Report on vaccination in the Province of Bengal - 1874-1889
Year: 1874
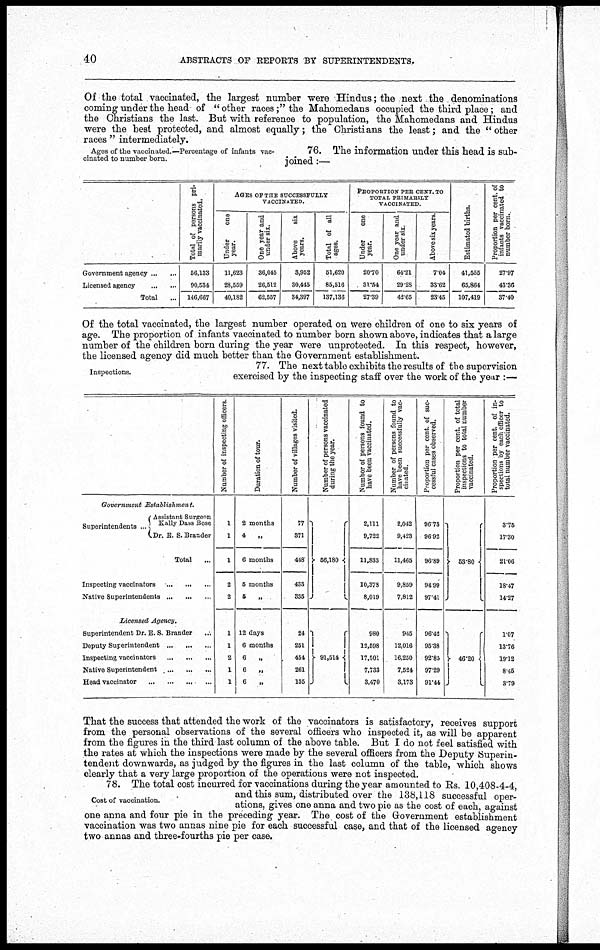
40
ABSTRACTS OF REPORTS BY SUPERINTENDENTS.
Of the total vaccinated, the largest number were Hindus; the next the denominations
coming under the head of " other races;" the Mahomedans occupied the third place; and
the Christians the last. But with reference to population, the Mahomedans and Hindus
were the best protected, and almost equally; the Christians the least; and the " other
races " intermediately.
Ages of the vaccinated.—Percentage of infants vac-
cinated to number born.
76. The information under this head is sub-
joined :—
Government agency ... ...
Licensed agency
...
...
Total
...
Total of persons pri-
marily vaccinated.
56,133
90,534
146,667
AGES OF THE SUCCESSFULLY
VACCINATED.
Under
one
year.
11,623
28,559
40,182
One year and
under six.
36,045
26,512
62,557
Above
six
years.
3,952
30,445
34,397
Total of all
ages.
51,620
85,516
137,136
PROPORTION PER CENT, TO
TOTAL PRIMARILY
VACCINATED.
Under
one
year.
20.70
31.54
27.39
One year and
under six
64.21
29.28
42.65
Above six years.
7.04
33.62
23.45
Estimated births.
41,555
65,864
107,419
Proportion per cent. of
infants vaccinated to
number born.
27.97
43.36
37.40
Of the total vaccinated, the largest number operated on were children of one to six years of
age. The proportion of infants vaccinated to number born shown above, indicates that a large
number of the children born during the year were unprotected. In this respect, however,
the licensed agency did much better than the Government establishment.
Inspections.
77. The next table exhibits the results of the supervision
exercised by the inspecting staff over the work of the year :—
Government
Establishment.
Superintendents ...
Assistant Surgeon
Rally Dass Bose
Dr. E. S. Brander
Total ...
Inspecting vaccinators
...
...
...
Native Superintendents
...
...
...
Licensed Agency.
Superintendent Dr. E. S. Brander ...
Deputy Superintendent
...
...
...
Inspecting vaccinators
...
...
...
Native Superintendent
...
...
...
Head vaccinator
...
...
...
...
Number of inspecting officers
1
1
1
2
2
1
1
2
1
1
Duration of tour.
2 months
4
6 months
5 months
5
„
12 days
6 months
6
„
6
„
6
„
Number of villages visited.
77
371
448
433
335
24
251
454
261
135
Number of persons vaccinated
during the year.
56,180
91,514
Number of persons found to
have been vaccinated.
2,111
9,722
11,833
10,378
8,019
980
12,598
17,501
7,733
3,470
Number of persons found to
have been successfully vac-
cinated.
2,042
9,423
11,465
9,859
7,812
945
12,016
16,250
7,524
3,173
Proportion per cent. of suc-
cessful cases observed.
96.73
96.92
96.89
94.99
97.41
96.42
95.38
92.85
97.29
91.44
Proportion per cent. of total
inspections to total number
vaccinated.
53.80
46.20
Proportion per cent. of in-
spections by each officer to
total number vaccinated.
3.75
17.30
21.06
18.47
14.27
1.07
13.76
19.12
8.45
3.79
That the success that attended the work of the vaccinators is satisfactory, receives support
from the personal observations of the several officers who inspected it, as will be apparent
from the figures in the third last column of the above table. But I do not feel satisfied with
the rates at which the inspections were made by the several officers from the Deputy Superin-
tendent downwards, as judged by the figures in the last column of the table, which shows
clearly that a very large proportion of the operations were not inspected.
Cost of vaccination.
78. The total cost incurred for vaccinations during the year amounted to Rs. 10,408-4-4,
and this sum, distributed over the 138,118 successful oper-
ations, gives one anna and two pie as the cost of each, against
one anna and four pie in the preceding year. The cost of the Government establishment
vaccination was two annas nine pie for each successful case, and that of the licensed agency
two annas and three-fourths pie per case.